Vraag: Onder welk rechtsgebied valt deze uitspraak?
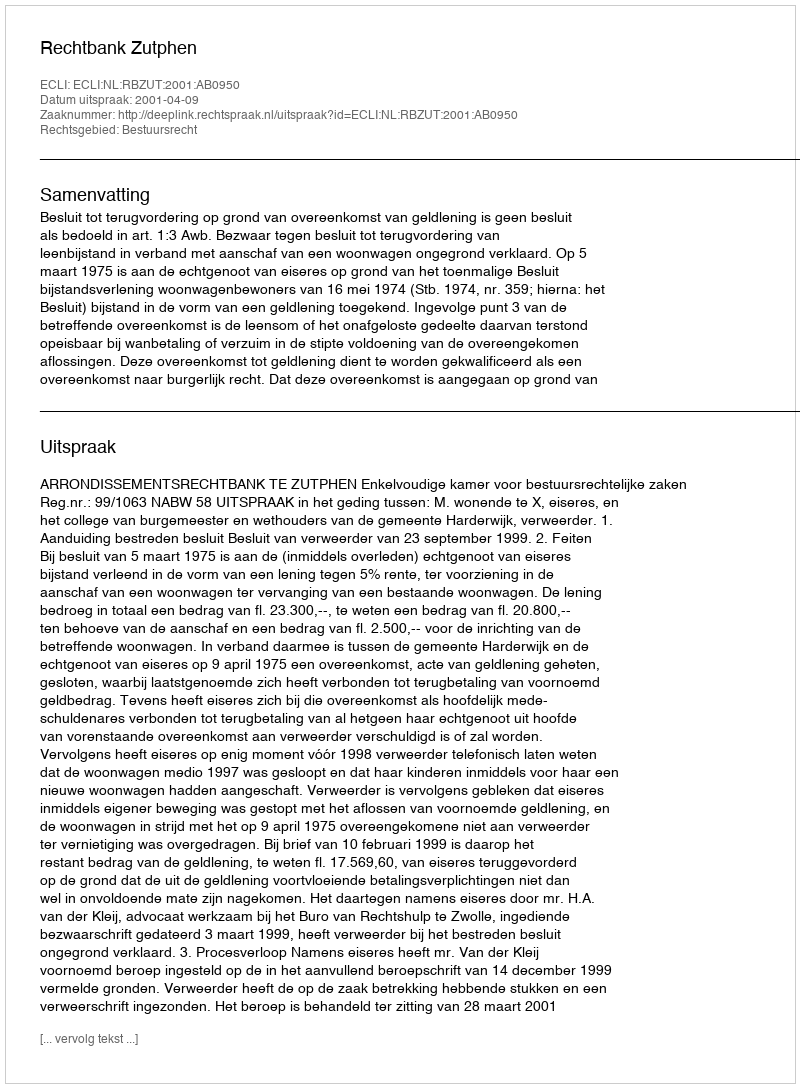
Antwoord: Bestuursrecht